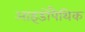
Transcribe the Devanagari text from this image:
आइडोपैथिक